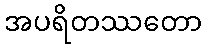
အပရိတဿတော